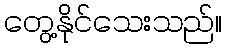
တွေ့နိုင်သေးသည်။